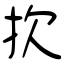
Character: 扻